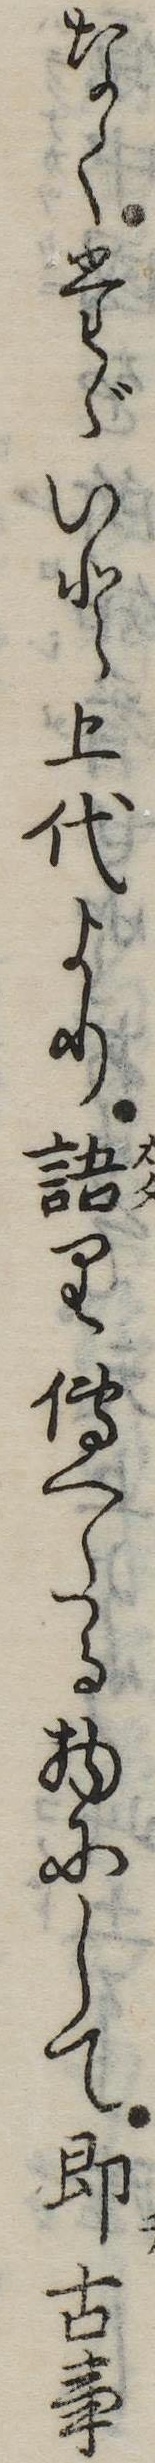
なくたゞいと上代より語り伝へたる物にして即古事